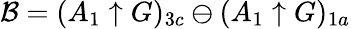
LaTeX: \mathcal{B}=(A_{1}\uparrow G)_{3c}\ominus(A_{1}\uparrow G)_{1a}